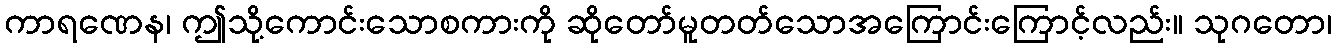
ကာရဏေန၊ ဤသို့ကောင်းသောစကားကို ဆိုတော်မူတတ်သောအကြောင်းကြောင့်လည်း။ သုဂတော၊